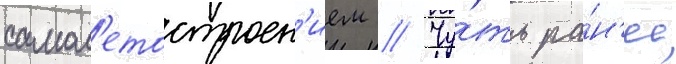
самол'етостроен'ием // Чу́ть ра́н'ее